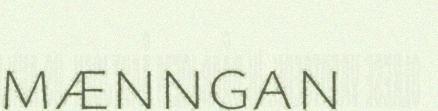
mænngan